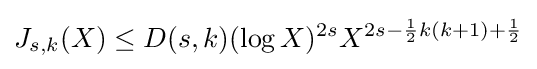
J_{s,k}(X)\leq D(s,k)(\log X)^{2s}X^{2s-{\frac {1}{2}}k(k+1)+{\frac {1}{2}}}